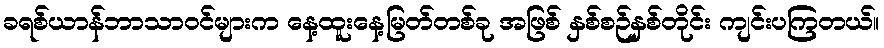
ခရစ်ယာန်ဘာသာဝင်များက နေ့ထူးနေ့မြတ်တစ်ခု အဖြစ် နှစ်စဉ်နှစ်တိုင်း ကျင်းပကြတယ်။